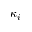
\kappa _ { i }